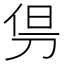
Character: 𠜬